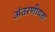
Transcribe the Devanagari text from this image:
अंतरणीयता